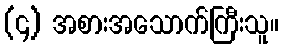
(၄) အစားအသောက်ကြီးသူ။